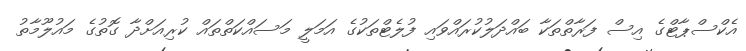
އެކްސްޕާޓްގެ އިސް ފަރާތްތަކާ ބައްދަލުކުރައްވައި ފުލެޓްތަކުގެ އަމަލީ މަސައްކަތްތައް ކުރިއަށްދާ ގޮތުގެ މައުލޫމާތު